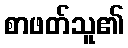
စာဖတ်သူ၏